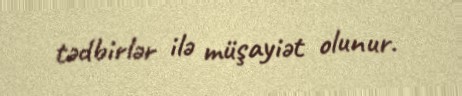
tədbirlər ilə müşayiət olunur.